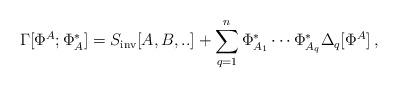
LaTeX: \begin{align*}\Gamma [ \Phi^A; \Phi^*_A ] = S_{\rm inv} [A,B,..]+ \sum_{q=1}^{n} \Phi^*_{A_1} \cdots \Phi^*_{A_q}\Delta_q [\Phi^A] \, ,\end{align*}